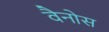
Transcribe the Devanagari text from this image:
वैनोस